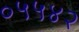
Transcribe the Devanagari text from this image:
०५५४२